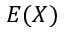
E ( X )